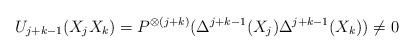
LaTeX: \begin{align*}U_{j+k-1}(X_j X_k)=P^{\otimes(j+k)}(\Delta^{j+k-1}(X_j)\Delta^{j+k-1}(X_k))\not=0\end{align*}